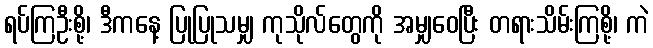
ရပ်ကြဦးစို့၊ ဒီကနေ့ ပြုပြုသမျှ ကုသိုလ်တွေကို အမျှဝေပြီး တရားသိမ်းကြစို့၊ ကဲ